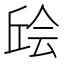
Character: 𫠴